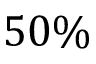
5 0 \%